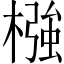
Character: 𣚦